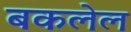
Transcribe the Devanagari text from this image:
बकलेल